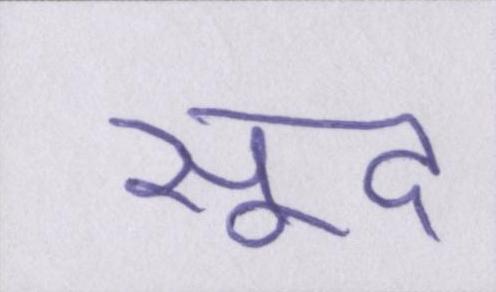
सूद